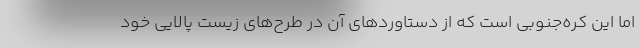
اما این کره‌جنوبی است که از دستاوردهای آن در طرح‌های زیست پالایی خود